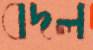
বদল